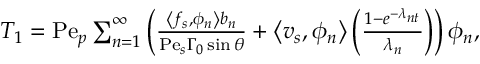
\begin{array} { r l } & { T _ { 1 } = \mathrm { P e } _ { p } \sum _ { n = 1 } ^ { \infty } \left( \frac { \left\langle f _ { s } , \phi _ { n } \right\rangle b _ { n } } { \mathrm { P e } _ { s } \Gamma _ { 0 } \sin \theta } + \left\langle v _ { s } , \phi _ { n } \right\rangle \left( \frac { 1 - e ^ { - \lambda _ { n t } } } { \lambda _ { n } } \right) \right) \phi _ { n } , } \end{array}